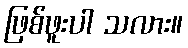
ဖြစ်ဖူးပါ သလား။